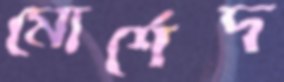
মোর্শেদ